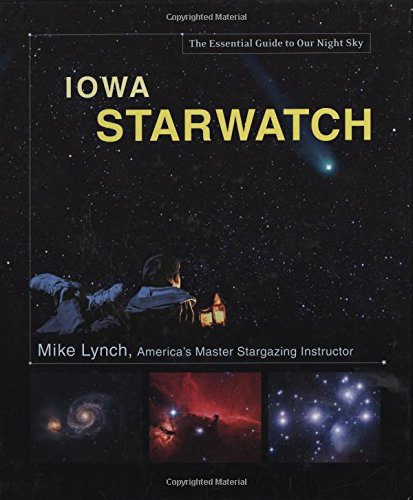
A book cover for Iowa StarWatch: The Essential Guide to Our Night Sky; Mike Lynch; Travel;